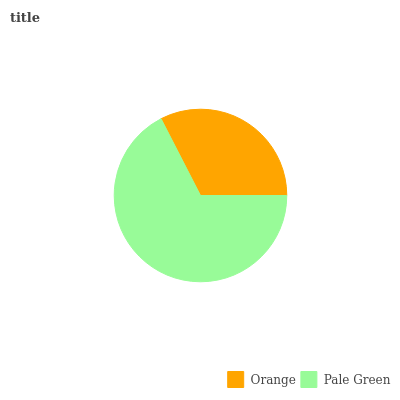
| Orange | Pale Green |
 | --- | --- |
 | 32.6% | 67.4% |